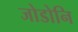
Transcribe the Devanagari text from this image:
जोडोनि